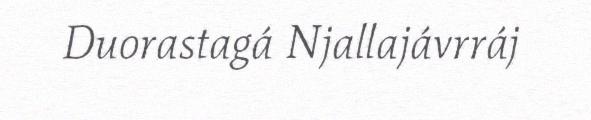
Duorastagá Njallajávrráj